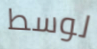
لوسط